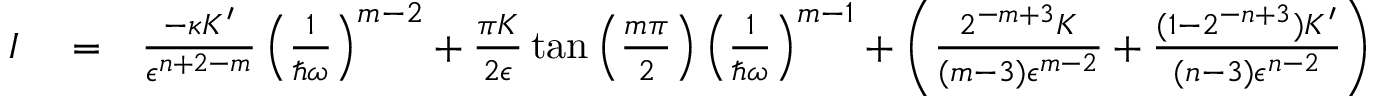
\begin{array} { r l r } { I } & { { } = } & { \frac { - \kappa K ^ { \prime } } { \epsilon ^ { n + 2 - m } } \left( \frac { 1 } { \hbar \omega } \right) ^ { m - 2 } + \frac { \pi K } { 2 \epsilon } \tan \left( \frac { m \pi } { 2 } \right) \left( \frac { 1 } { \hbar \omega } \right) ^ { m - 1 } + \left( \frac { 2 ^ { - m + 3 } K } { ( m - 3 ) \epsilon ^ { m - 2 } } + \frac { ( 1 - 2 ^ { - n + 3 } ) K ^ { \prime } } { ( n - 3 ) \epsilon ^ { n - 2 } } \right) \left( \frac { 1 } { \hbar \omega } \right) ^ { 2 } } \end{array}